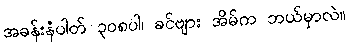
အခန်းနံပါတ် ၃၀၈ပါ၊ ခင်ဗျား အိမ်က ဘယ်မှာလဲ။